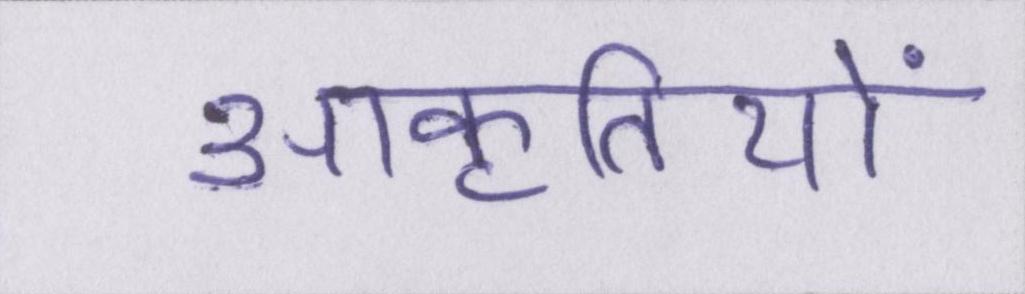
आकृतियों